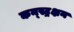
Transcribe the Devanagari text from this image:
कन्स्ट्रक्षन